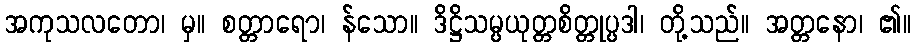
အကုသလတော၊ မှ။ စတ္တာရော၊ န်သော။ ဒိဋ္ဌိသမ္ပယုတ္တစိတ္တုပ္ပဒါ၊ တို့သည်။ အတ္တနော၊ ၏။